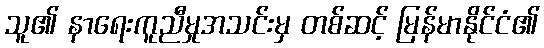
သူ၏ နာရေးကူညီမှုအသင်းမှ တစ်ဆင့် မြန်မာနိုင်ငံ၏